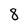
Character: 8